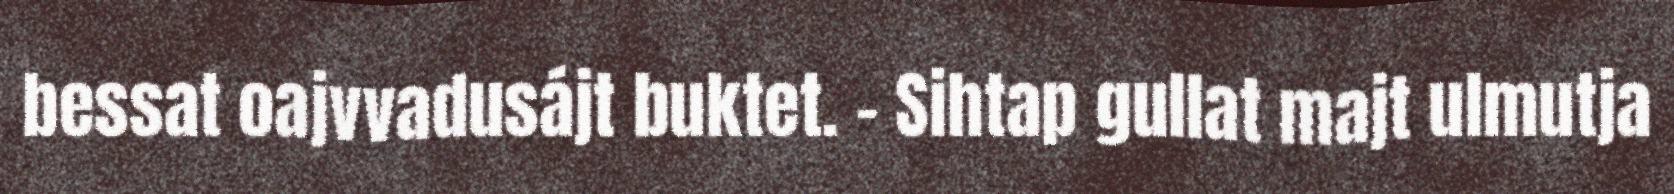
bessat oajvvadusájt buktet. - Sihtap gullat majt ulmutja